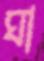
ঘা